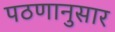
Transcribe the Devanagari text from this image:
पठणानुसार